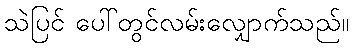
သဲပြင် ပေါ်တွင်လမ်းလျှောက်သည်။